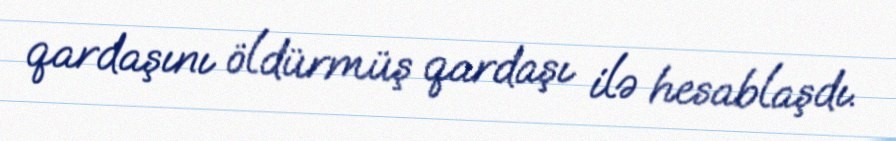
qardaşını öldürmüş qardaşı ilə hesablaşdı.